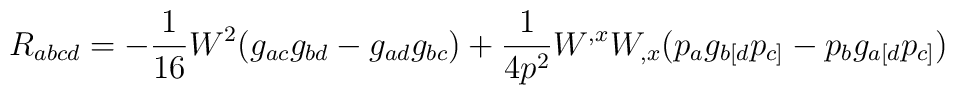
R_{abcd}=-\frac{1}{16}W^2 (g_{ac}g_{bd}-g_{ad}g_{bc})+\frac{1}{4p^2}W^{,x}W_{,x}(p_ag_{b[d}p_{c]}-p_bg_{a[d}p_{c]})